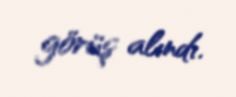
görüş alındı.